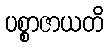
ပစ္စာဇာယတိ